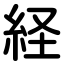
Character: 経